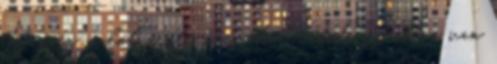
Igen ez valóban ott van, ahol látod. Jobbra van